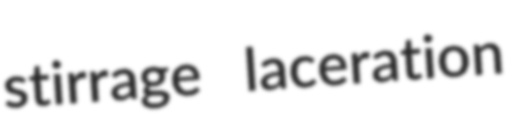
stirrage laceration